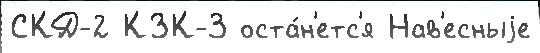
СКД-2 КЗК-3 оста́н'етс'я Нав'есныjе